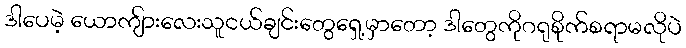
ဒါပေမဲ့ ယောကျ်ားလေးသူငယ်ချင်းတွေရှေ့မှာတော့ ဒါတွေကိုဂရုစိုက်စရာမလိုပဲ